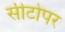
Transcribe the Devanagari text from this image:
सीटोपर